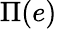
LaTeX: \Pi(e)